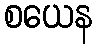
စယေန